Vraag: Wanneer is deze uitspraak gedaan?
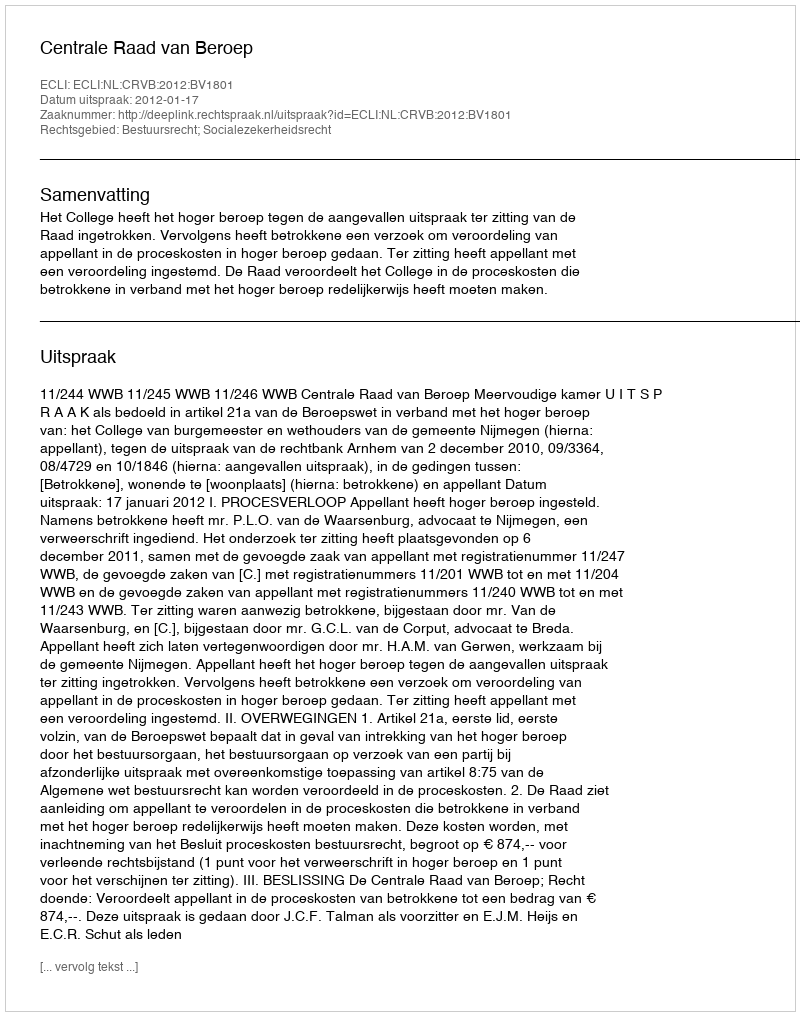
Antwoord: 2012-01-17